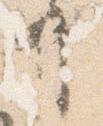
弁